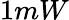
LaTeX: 1mW